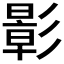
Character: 𪫉